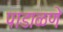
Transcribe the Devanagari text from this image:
पाडाळणे